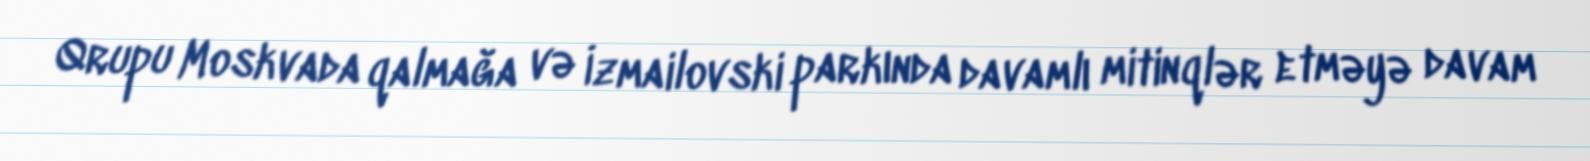
Qrupu Moskvada qalmağa və İzmailovski parkında davamlı mitinqlər etməyə davam